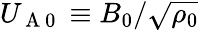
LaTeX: U_{\mathrm{~A~0~}}\equiv B_{0}/\sqrt{\rho_{0}}